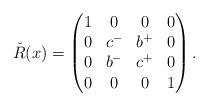
LaTeX: \begin{align*}\check{R}(x)=\begin{pmatrix}1 & 0 & 0 & 0\\0 & c^- & b^+ & 0\\0 & b^- &c^+ & 0\\0 & 0 & 0 & 1\end{pmatrix}.\end{align*}